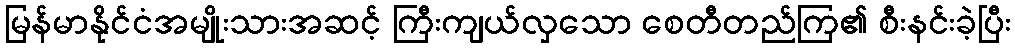
မြန်မာနိုင်ငံအမျိုးသားအဆင့် ကြီးကျယ်လှသော စေတီတည်ကြ၏ စီးနင်းခဲ့ပြီး